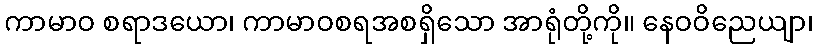
ကာမာဝ စရာဒယော၊ ကာမာဝစရအစရှိသော အာရုံတို့ကို။ နေဝဝိညေယျာ၊